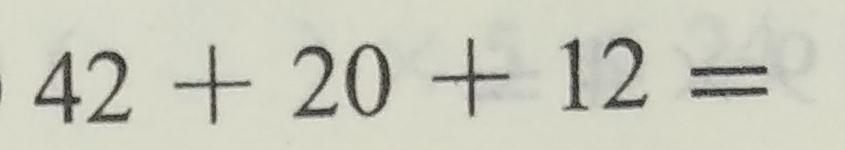
4 2 + 2 0 + 1 2 =